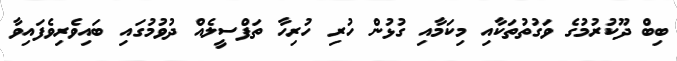
ބިބް ދޫކުރުމުގެ ވަގުތުތަކާއި މިކަމާއި ގުޅުން ހުރި ހުރިހާ ތަފްސީލެއް ދުވުމުގައި ބައިވެރިވެފައިވާ